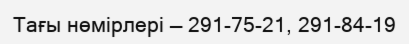
Тағы нөмірлері — 291-75-21, 291-84-19